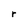
Character: r